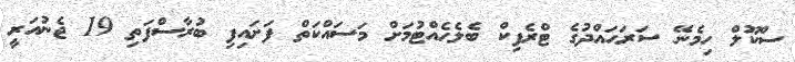
ސްކޫލް ހިމެނޭ ސަރަޙައްދުގެ ޓްރެފިކް ބެލެހެއްޓުމަށް މަސައްކަތް ފަށައިފި ބުރާސްފަތި 19 ޖެނުއަރީ